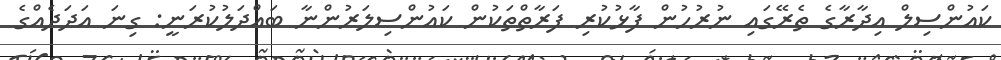
ކައުންސިލް އިދާރާގެ ތެރޭގައި ނުރުހުން ފާޅުކުރި ފަރާތްތަކުން ކައުންސިލަރުންނާ ބައްދަލުކުރަނީ: ގިނަ އަދަދެއްގެ